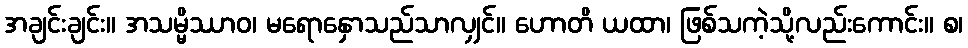
အချင်းချင်း။ အသမ္မိဿာဝ၊ မရောနှောသည်သာလျှင်။ ဟောတိ ယထာ၊ ဖြစ်သကဲ့သို့လည်းကောင်း။ စ၊